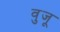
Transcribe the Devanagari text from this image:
वुजू